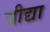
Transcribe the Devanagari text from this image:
वीद्या